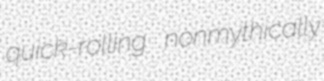
quick-rolling nonmythically